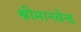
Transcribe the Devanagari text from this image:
श्रीमानवेन्द्र